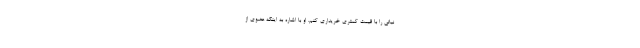
نباتی را با قیمت کمتری خریداری کنم. او با اشاره به اینکه عضوی از